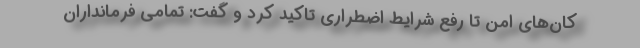
کان‌های امن تا رفع شرایط اضطراری تاکید کرد و گفت: تمامی فرمانداران